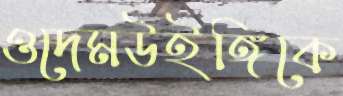
ওদেমউইঙ্গিকে